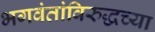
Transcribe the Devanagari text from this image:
भगवंतांविरुद्धच्या